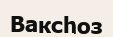
Ваксһоз